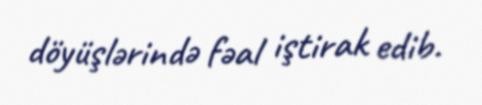
döyüşlərində fəal iştirak edib.